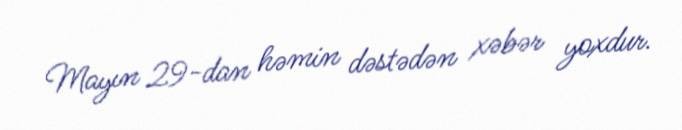
Mayın 29-dan həmin dəstədən xəbər yoxdur.